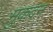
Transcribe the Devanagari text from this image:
मुकदन